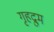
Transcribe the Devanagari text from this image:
गृहद्रुम